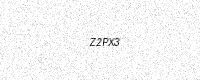
Text: Z2PX3